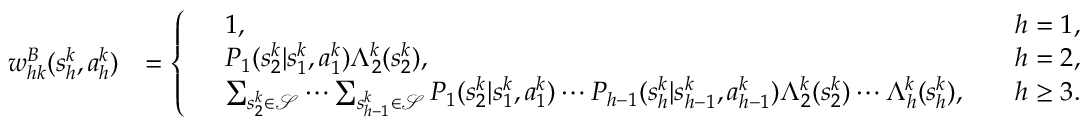
\begin{array} { r l } { w _ { h k } ^ { B } ( s _ { h } ^ { k } , a _ { h } ^ { k } ) } & { = \left\{ \begin{array} { r l r } & { 1 , \quad } & { h = 1 , } \\ & { P _ { 1 } ( s _ { 2 } ^ { k } \vert s _ { 1 } ^ { k } , a _ { 1 } ^ { k } ) \Lambda _ { 2 } ^ { k } ( s _ { 2 } ^ { k } ) , \quad } & { h = 2 , } \\ & { \sum _ { s _ { 2 } ^ { k } \in \mathcal { S } } \cdots \sum _ { s _ { h - 1 } ^ { k } \in \mathcal { S } } P _ { 1 } ( s _ { 2 } ^ { k } \vert s _ { 1 } ^ { k } , a _ { 1 } ^ { k } ) \cdots P _ { h - 1 } ( s _ { h } ^ { k } \vert s _ { h - 1 } ^ { k } , a _ { h - 1 } ^ { k } ) \Lambda _ { 2 } ^ { k } ( s _ { 2 } ^ { k } ) \cdots \Lambda _ { h } ^ { k } ( s _ { h } ^ { k } ) , \quad } & { h \geq 3 . } \end{array} \right. } \end{array}